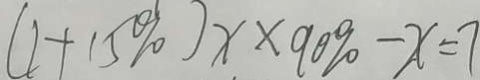
( 1 + 1 5 \% ) x \times 9 0 \% - x = 7